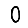
Digit: 0